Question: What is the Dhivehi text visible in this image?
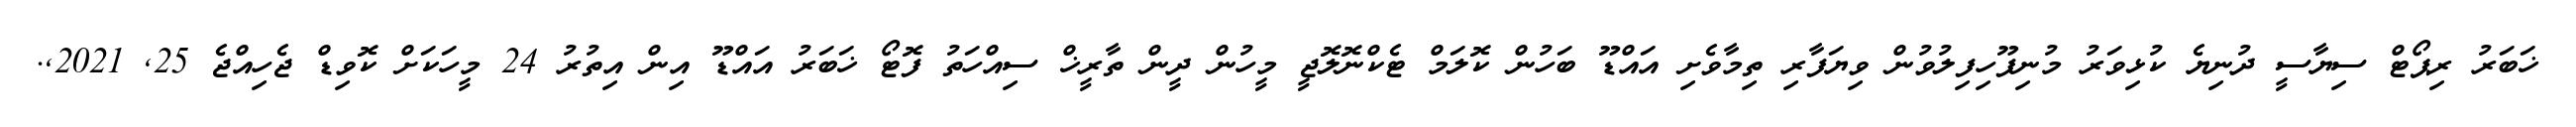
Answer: ޚަބަރު ރިޕޯޓް ސިޔާސީ ދުނިޔެ ކުޅިވަރު މުނިފޫހިފިލުވުން ވިޔަފާރި ތިމާވެށި އައްޑޫ ބަހުން ކޮލަމް ޓެކްނޮލޮޖީ މީހުން ދީން ތާރީޚް ސިއްހަތު ފޮޓޯ ޚަބަރު އައްޑޫ އިން އިތުރު 24 މީހަކަށް ކޮވިޑް ޖެހިއްޖެ 25, 2021,.